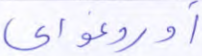
أوروغواي